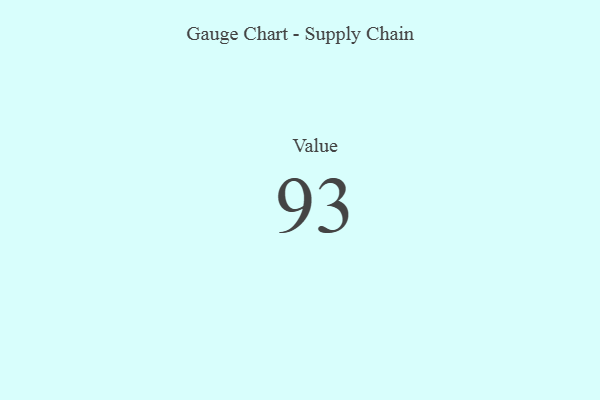
{"axis": {"x": "Metric", "y": "Value"}, "legend": [""], "data": [{"x": "Value", "y": 93, "type": ""}]}